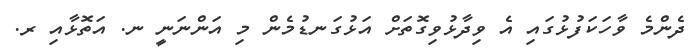
ދެންމެ ވާހަކަފުޅުގައި އެ ވިދާޅުވިގޮތަށް އަޅުގަނޑުމެން މި އަންނަނީ ނ. އަތޮޅާއި ރ.